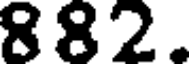
882.